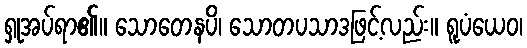
ရှုအပ်ရာ၏။ သောတေနပိ၊ သောတပသာဒဖြင့်လည်း။ ရူပံယေဝ၊